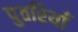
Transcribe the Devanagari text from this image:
पुतरियाँ